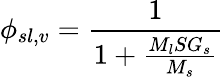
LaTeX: \phi_{sl,v}={\frac{1}{1+{\frac{M_{l}SG_{s}}{M_{s}}}}}